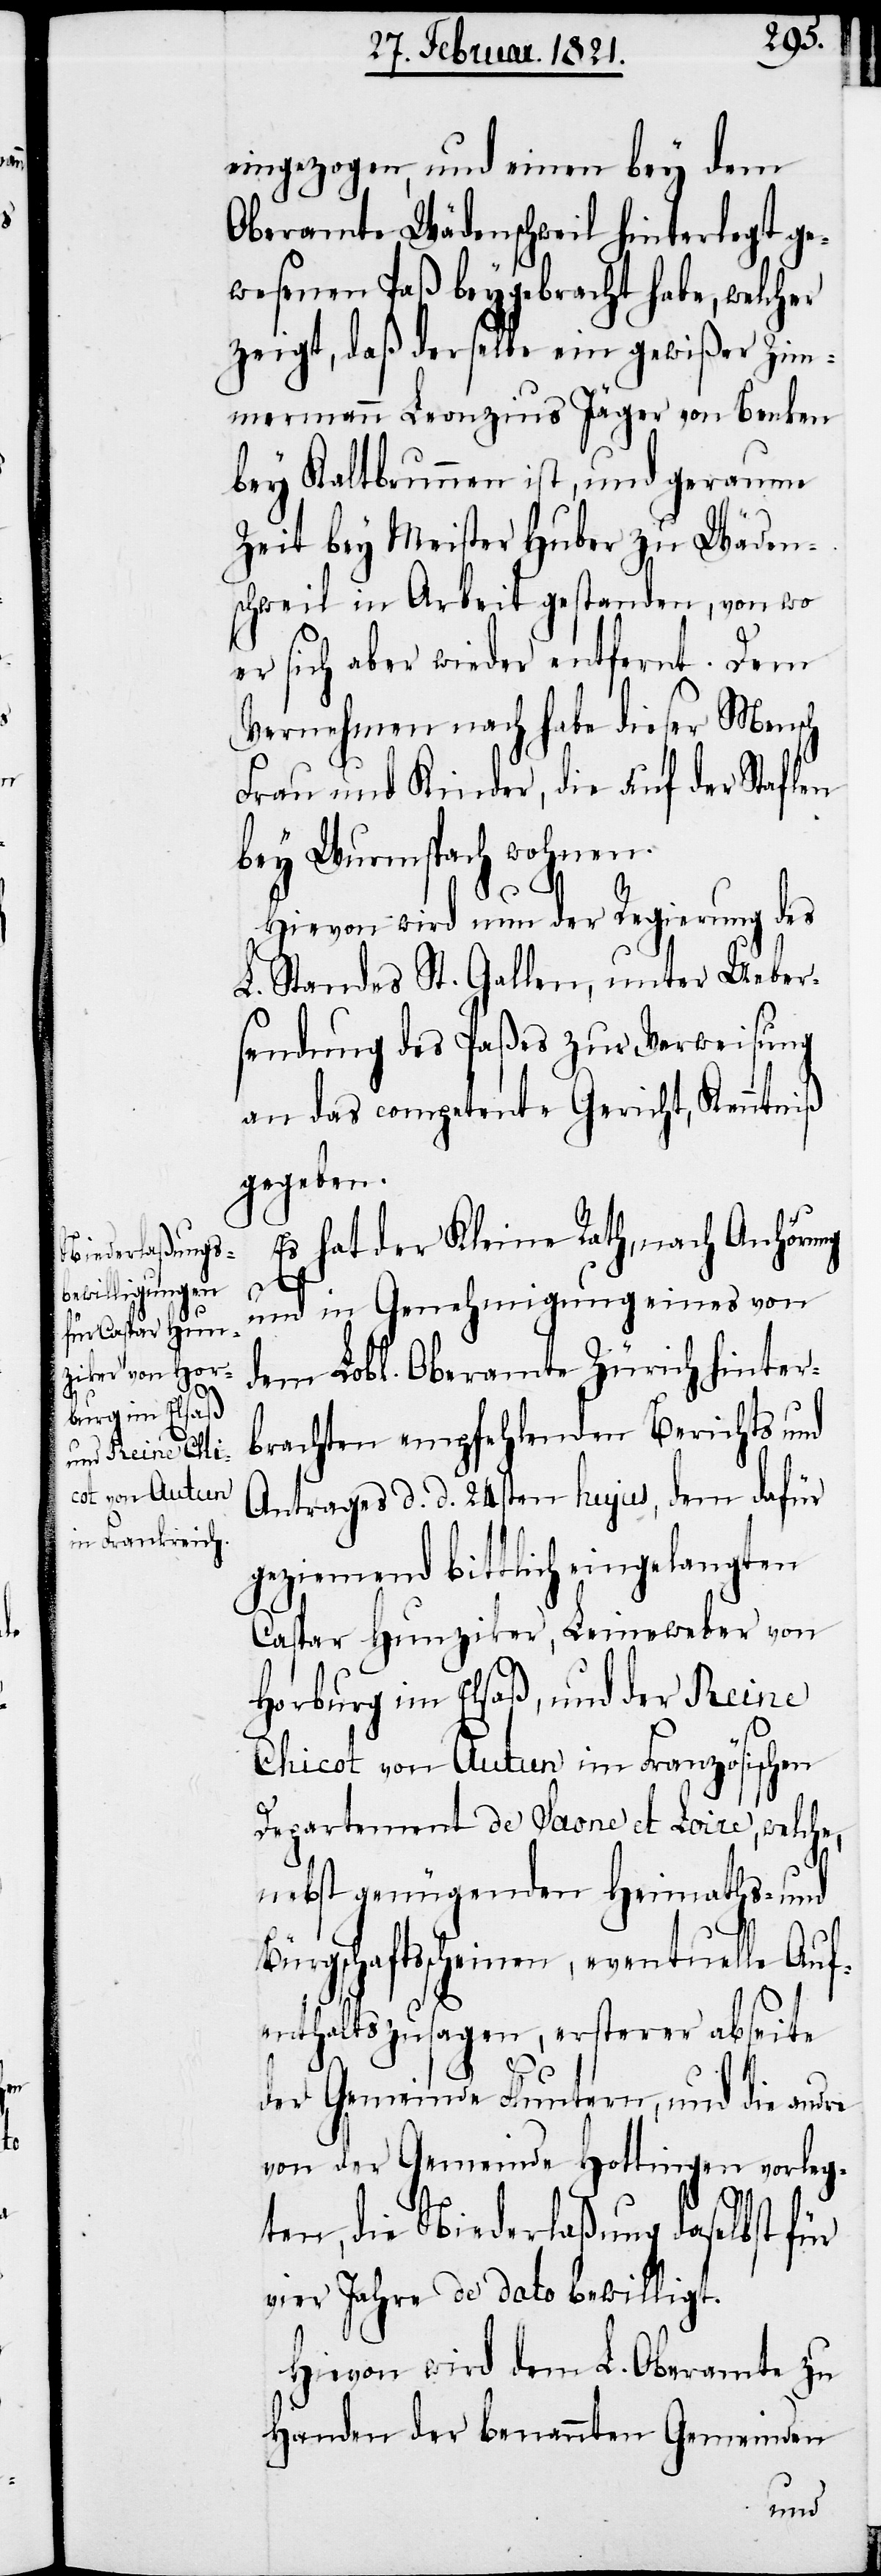
eingezogen, und einen bey dem
Oberamte Wädenschweil hinterlegt ge¬
wesenen Paß beygebracht habe, welcher
zeigt, daß derselbe ein gewißer Zim¬
mermann Leonzius Jäger von Benken
bey Kaltbrunnen ist, und geraume
Zeit bey Meister Huber zu Wäden¬
schweil in Arbeit gestanden, von wo
er sich aber wieder entfernt. Dem
Vernehmen nach habe dieser Mensch
Frau und Kinder, die auf der Staflen
bey Wurmspach wohnen.
Hievon wird nun der Regierung des
L. Standes St. Gallen, unter Uebers¬
endung des Paßes zur Verweisung
an das competente Gericht, Kenntniß
gegeben.
Es hat der Kleine Rath, nach Anhörung
und in Genehmigung eines von
dem Lobl. Oberamte Zürich hinter¬
brachten empfehlenden Berichts und
Antrages d. d. 24sten hujus, dem dafür
geziemend bittlich eingelangten
Caspar Hunziker, Leineweber von
Horburg im Elsaß, und der Reine
Chicot von Autun im Französischen
Departement de Saone et Loire, welche,
nebst genügenden Heimaths- und
Bürgschaftsscheinen, eventuelle Auf¬
enthaltszusagen, ersterer abseite
der Gemeinde Fluntern, und die andre
von der Gemeinde Hottingen vorleg¬
ten, die Niederlaßung daselbst für
vier Jahre de dato bewilligt.
Hievon wir dem L. Oberamte zu
Handen der benannten Gemeinden